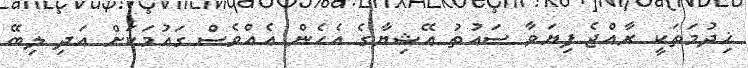
ޚިދުމަތަކީ ރާއްޖެ ފިޔަވާ ސައުތު އޭޝިޔާގެ އެހެން އެއްވެސް ގައުމަކަށް އަދި ލިބޭ